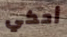
أحكي